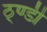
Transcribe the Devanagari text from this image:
ठ्ण्डी